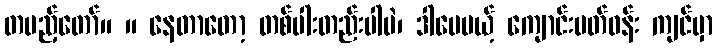
တပည့်တော်။ ။ နေတာတော့ တစ်ပါးတည်းပါပဲ၊ ဒါပေမယ့် ကျောင်းပတ်ဝန်း ကျင်မှာ